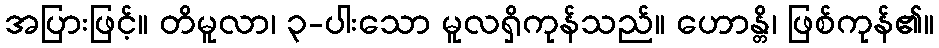
အပြားဖြင့်။ တိမူလာ၊ ၃-ပါးသော မူလရှိကုန်သည်။ ဟောန္တိ၊ ဖြစ်ကုန်၏။